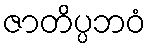
ဇာတိပ္ပဘဝံ